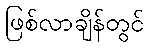
ဖြစ်လာချိန်တွင်